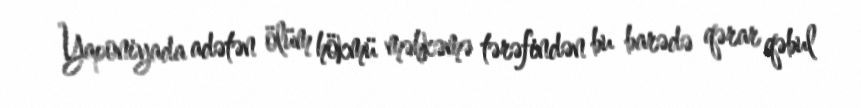
Yaponiyada adətən ölüm hökmü məhkəmə tərəfindən bu barədə qərar qəbul